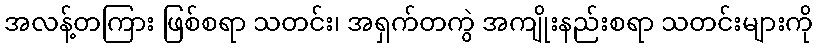
အလန့်တကြား ဖြစ်စရာ သတင်း၊ အရှက်တကွဲ အကျိုးနည်းစရာ သတင်းများကို